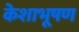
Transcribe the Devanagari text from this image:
केशाभूषण